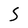
Character: S